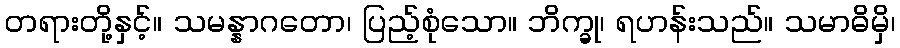
တရားတို့နှင့်။ သမန္နာဂတော၊ ပြည့်စုံသော။ ဘိက္ခု၊ ရဟန်းသည်။ သမာဓိမှိ၊